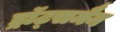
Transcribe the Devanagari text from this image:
ड्रॉट्समैन